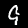
Digit: 9